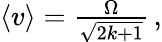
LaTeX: \begin{array}{r}{\left\langle v\right\rangle=\frac{\Omega}{\sqrt{2k+1}}\, ,}\end{array}